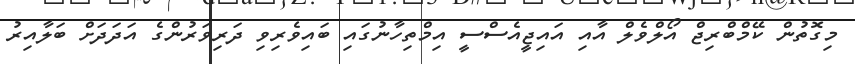
މިގޮތުން ކޭމްބްރިޖް އޯލްވެލް އާއި އައިޖީއެސްސީ އިމްތިހާނުގައި ބައިވެރިވި ދަރިވަރުންގެ އަދަދަށް ބަލާއިރު